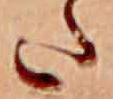
た